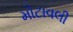
મોટાવલી